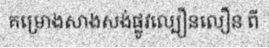
គម្រោងសាងសង់ផ្លូវល្បឿនលឿន ពី